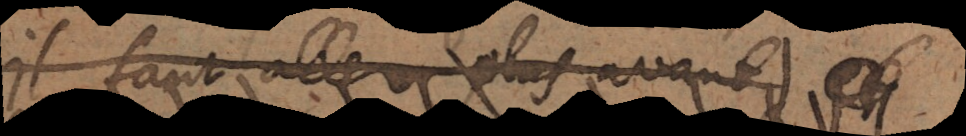
Il faut aller plus avant